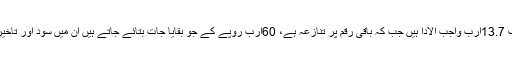
کے الیکٹرک کا مو¿قف یہ ہے کہ ان پر ایس ایس جی سی کے صرف 13.7ارب واجب الادا ہیں جب کہ باقی رقم پر تنازعہ ہے، 60ارب روپے کے جو بقایا جات بتائے جاتے ہیں ان میں سود اور تاخیر سے ادائیگی کے سرچارج شامل ہیں اور یہ معاملہ عدالتوں میں ہے۔